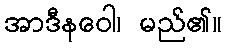
အာဒီနဝေါ၊ မည်၏။